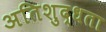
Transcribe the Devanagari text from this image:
अतिशुद्धता